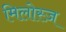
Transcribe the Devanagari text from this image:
मिलोस्ज़